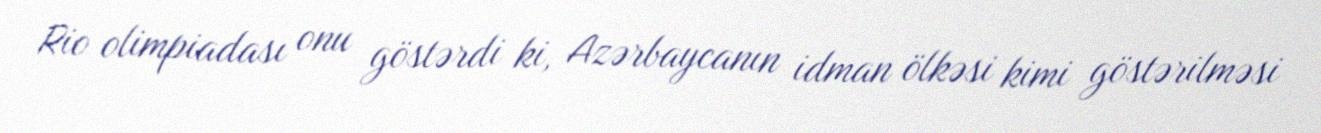
Rio olimpiadası onu göstərdi ki, Azərbaycanın idman ölkəsi kimi göstərilməsi